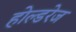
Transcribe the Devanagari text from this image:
होल्डरेज